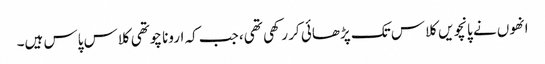
انھوں نے پانچویں کلاس تک پڑھائی کر رکھی تھی، جب کہ ارونا چوتھی کلاس پاس ہیں۔